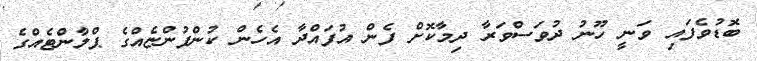
ބޮޑުވެފައި ވަނީ ހޫނު ދުވަސްވަރާ ދިމާކޮށް ފެން އުފައްދާ އެހެން ކުންފުންޏެއްގެ ޕްލާންޓެއްގެ